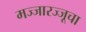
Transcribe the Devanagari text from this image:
मज्जारज्जूचा